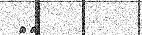
٨٧